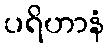
ပရိဟာနံ